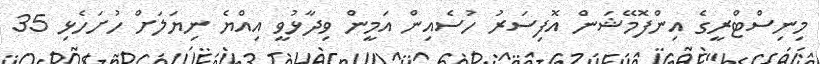
މިނިސްޓްރީގެ އިންފޮމޭޝަން އޮފިސަރު ހުސެއިން އަމީން ވިދާޅުވީ އިއްޔެ ނިޔަލަށް ހުށަހެޅި 35